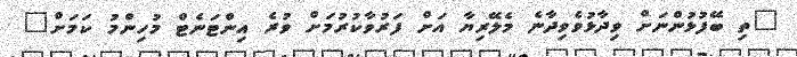
"ތި ބޭފުޅުންނަށް ވިދާޅުވެވިދާނެ މެލޭރިޔާ އަށް ފަރުވާކުރުމަށް ވުރެ އިންޓަނެޓް މުހިންމު ކަމަށް"